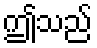
ဤသည်